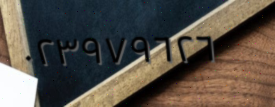
٠٢٣٩٧٩٦٢٦